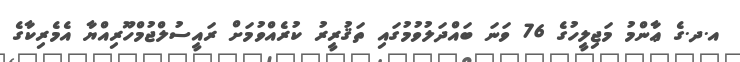
އ.ދ.ގެ ޢާންމު މަޖިލީހުގެ 76 ވަނަ ބައްދަލުވުމުގައި ތަޤުރީރު ކުރެއްވުމަށް ރައީސުލްޖުމްހޫރިއްޔާ އެމެރިކާގެ